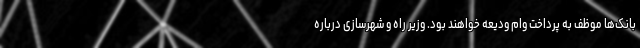
بانک‌ها موظف به پرداخت وام ودیعه خواهند بود. وزیر راه و شهرسازی درباره